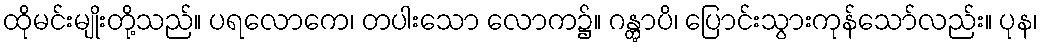
ထိုမင်းမျိုးတို့သည်။ ပရလောကေ၊ တပါးသော လောက၌။ ဂန္တွာပိ၊ ပြောင်းသွားကုန်သော်လည်း။ ပုန၊